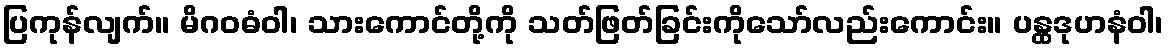
ပြကုန်လျက်။ မိဂဝဓံဝါ၊ သားကောင်တို့ကို သတ်ဖြတ်ခြင်းကိုသော်လည်းကောင်း။ ပန္ထဒုဟနံဝါ၊